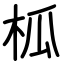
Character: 柧